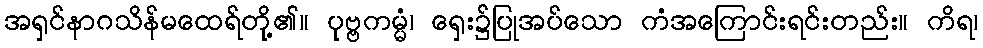
အရှင်နာဂသိန်မထေရ်တို့၏။ ပုဗ္ဗကမ္မံ၊ ရှေး၌ပြုအပ်သော ကံအကြောင်းရင်းတည်း။ ကိရ၊